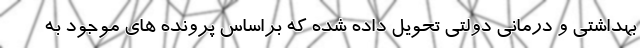
بهداشتی و درمانی دولتی تحویل داده شده که براساس پرونده های موجود به